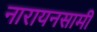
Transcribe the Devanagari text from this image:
नारायनसामी